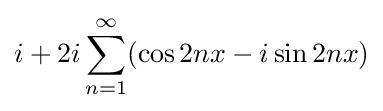
i+2i\sum _{n=1}^{\infty }(\cos 2nx-i\sin 2nx)